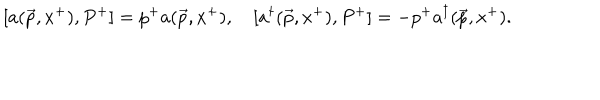
[ a ( \vec { p } , x ^ { + } ) , P ^ { + } ] = p ^ { + } a ( \vec { p } , x ^ { + } ) , \quad [ a ^ { \dagger } ( \vec { p } , x ^ { + } ) , P ^ { + } ] = - p ^ { + } a ^ { \dagger } ( \vec { p } , x ^ { + } ) .